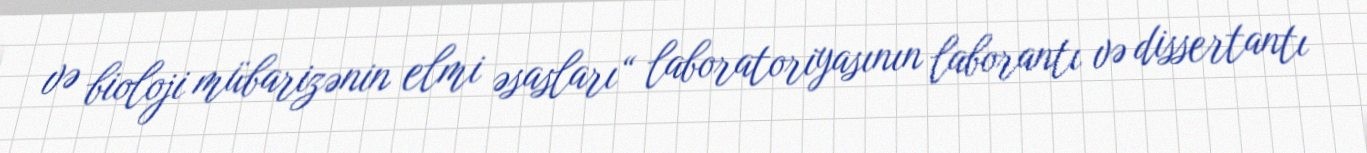
və bioloji mübarizənin elmi əsasları“ laboratoriyasının laborantı və dissertantı